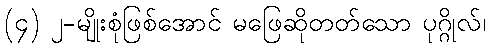
(၄) ၂-မျိုးစုံဖြစ်အောင် မဖြေဆိုတတ်သော ပုဂ္ဂိုလ်၊